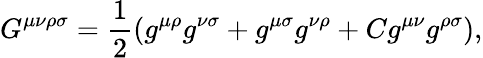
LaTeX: G^{\mu\nu\rho\sigma}={{\frac{1}{2}}}(g^{\mu\rho}g^{\nu\sigma}+g^{\mu\sigma}g^{\nu\rho}+Cg^{\mu\nu}g^{\rho\sigma}),